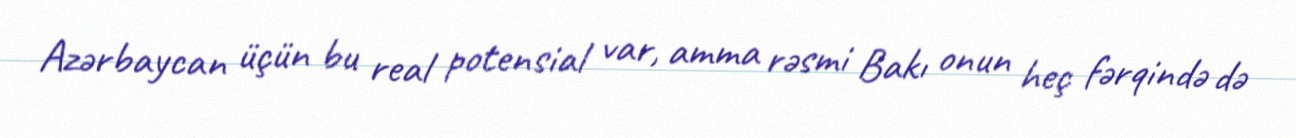
Azərbaycan üçün bu real potensial var, amma rəsmi Bakı onun heç fərqində də